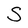
Character: S